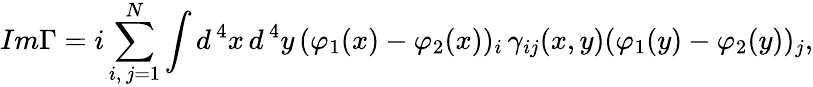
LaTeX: Im\Gamma=i\sum_{i,\, j=1}^{N}\int d^{\, 4}x\, d^{\, 4}y\, (\varphi_{1}(x)-\varphi_{2}(x))_{i}\, \gamma_{ij}(x,y)(\varphi_{1}(y)-\varphi_{2}(y))_{j},